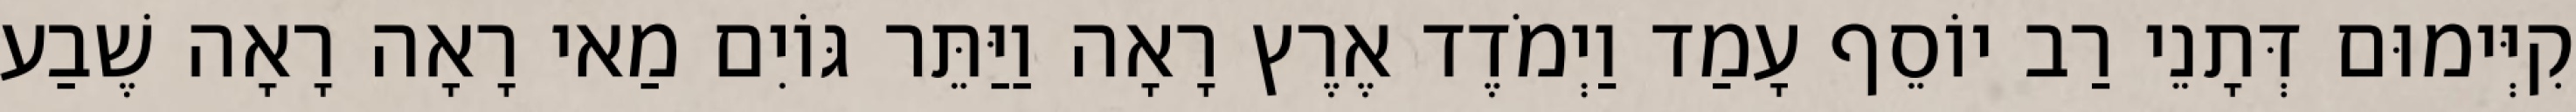
קִיְּימוּם דְּתָנֵי רַב יוֹסֵף עָמַד וַיְמֹדֶד אֶרֶץ רָאָה וַיַּתֵּר גּוֹיִם מַאי רָאָה רָאָה שֶׁבַע